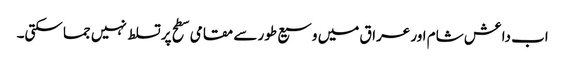
اب داعش شام اور عراق میں وسیع طور سے مقامی سطح پر تسلط نہیں جما سکتی۔